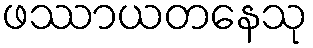
ဖဿာယတနေသု